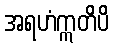
အရဟံဣတိပိ